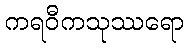
ကရဝီကသုဿရော